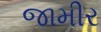
જામીર